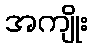
အကျိုး